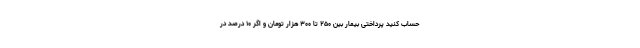
حساب کنید پرداختی بیمار بین ۲۵۰ تا ۳۰۰ هزار تومان و اگر ۱۰ درصد در